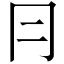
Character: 冃